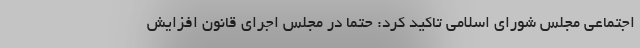
اجتماعی مجلس شورای اسلامی تاکید کرد: حتما در مجلس اجرای قانون افزایش